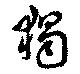
獨